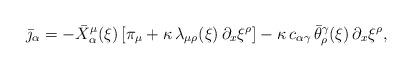
LaTeX: \begin{align*}\bar \jmath_\alpha = - \bar X_\alpha^\mu(\xi) \, [\pi_\mu +\kappa \, \lambda_{\mu \rho}(\xi) \, \partial_x \xi^\rho] - \kappa \,c_{\alpha \gamma} \, \bar \theta^\gamma_\rho (\xi) \, \partial_x\xi^\rho,\end{align*}